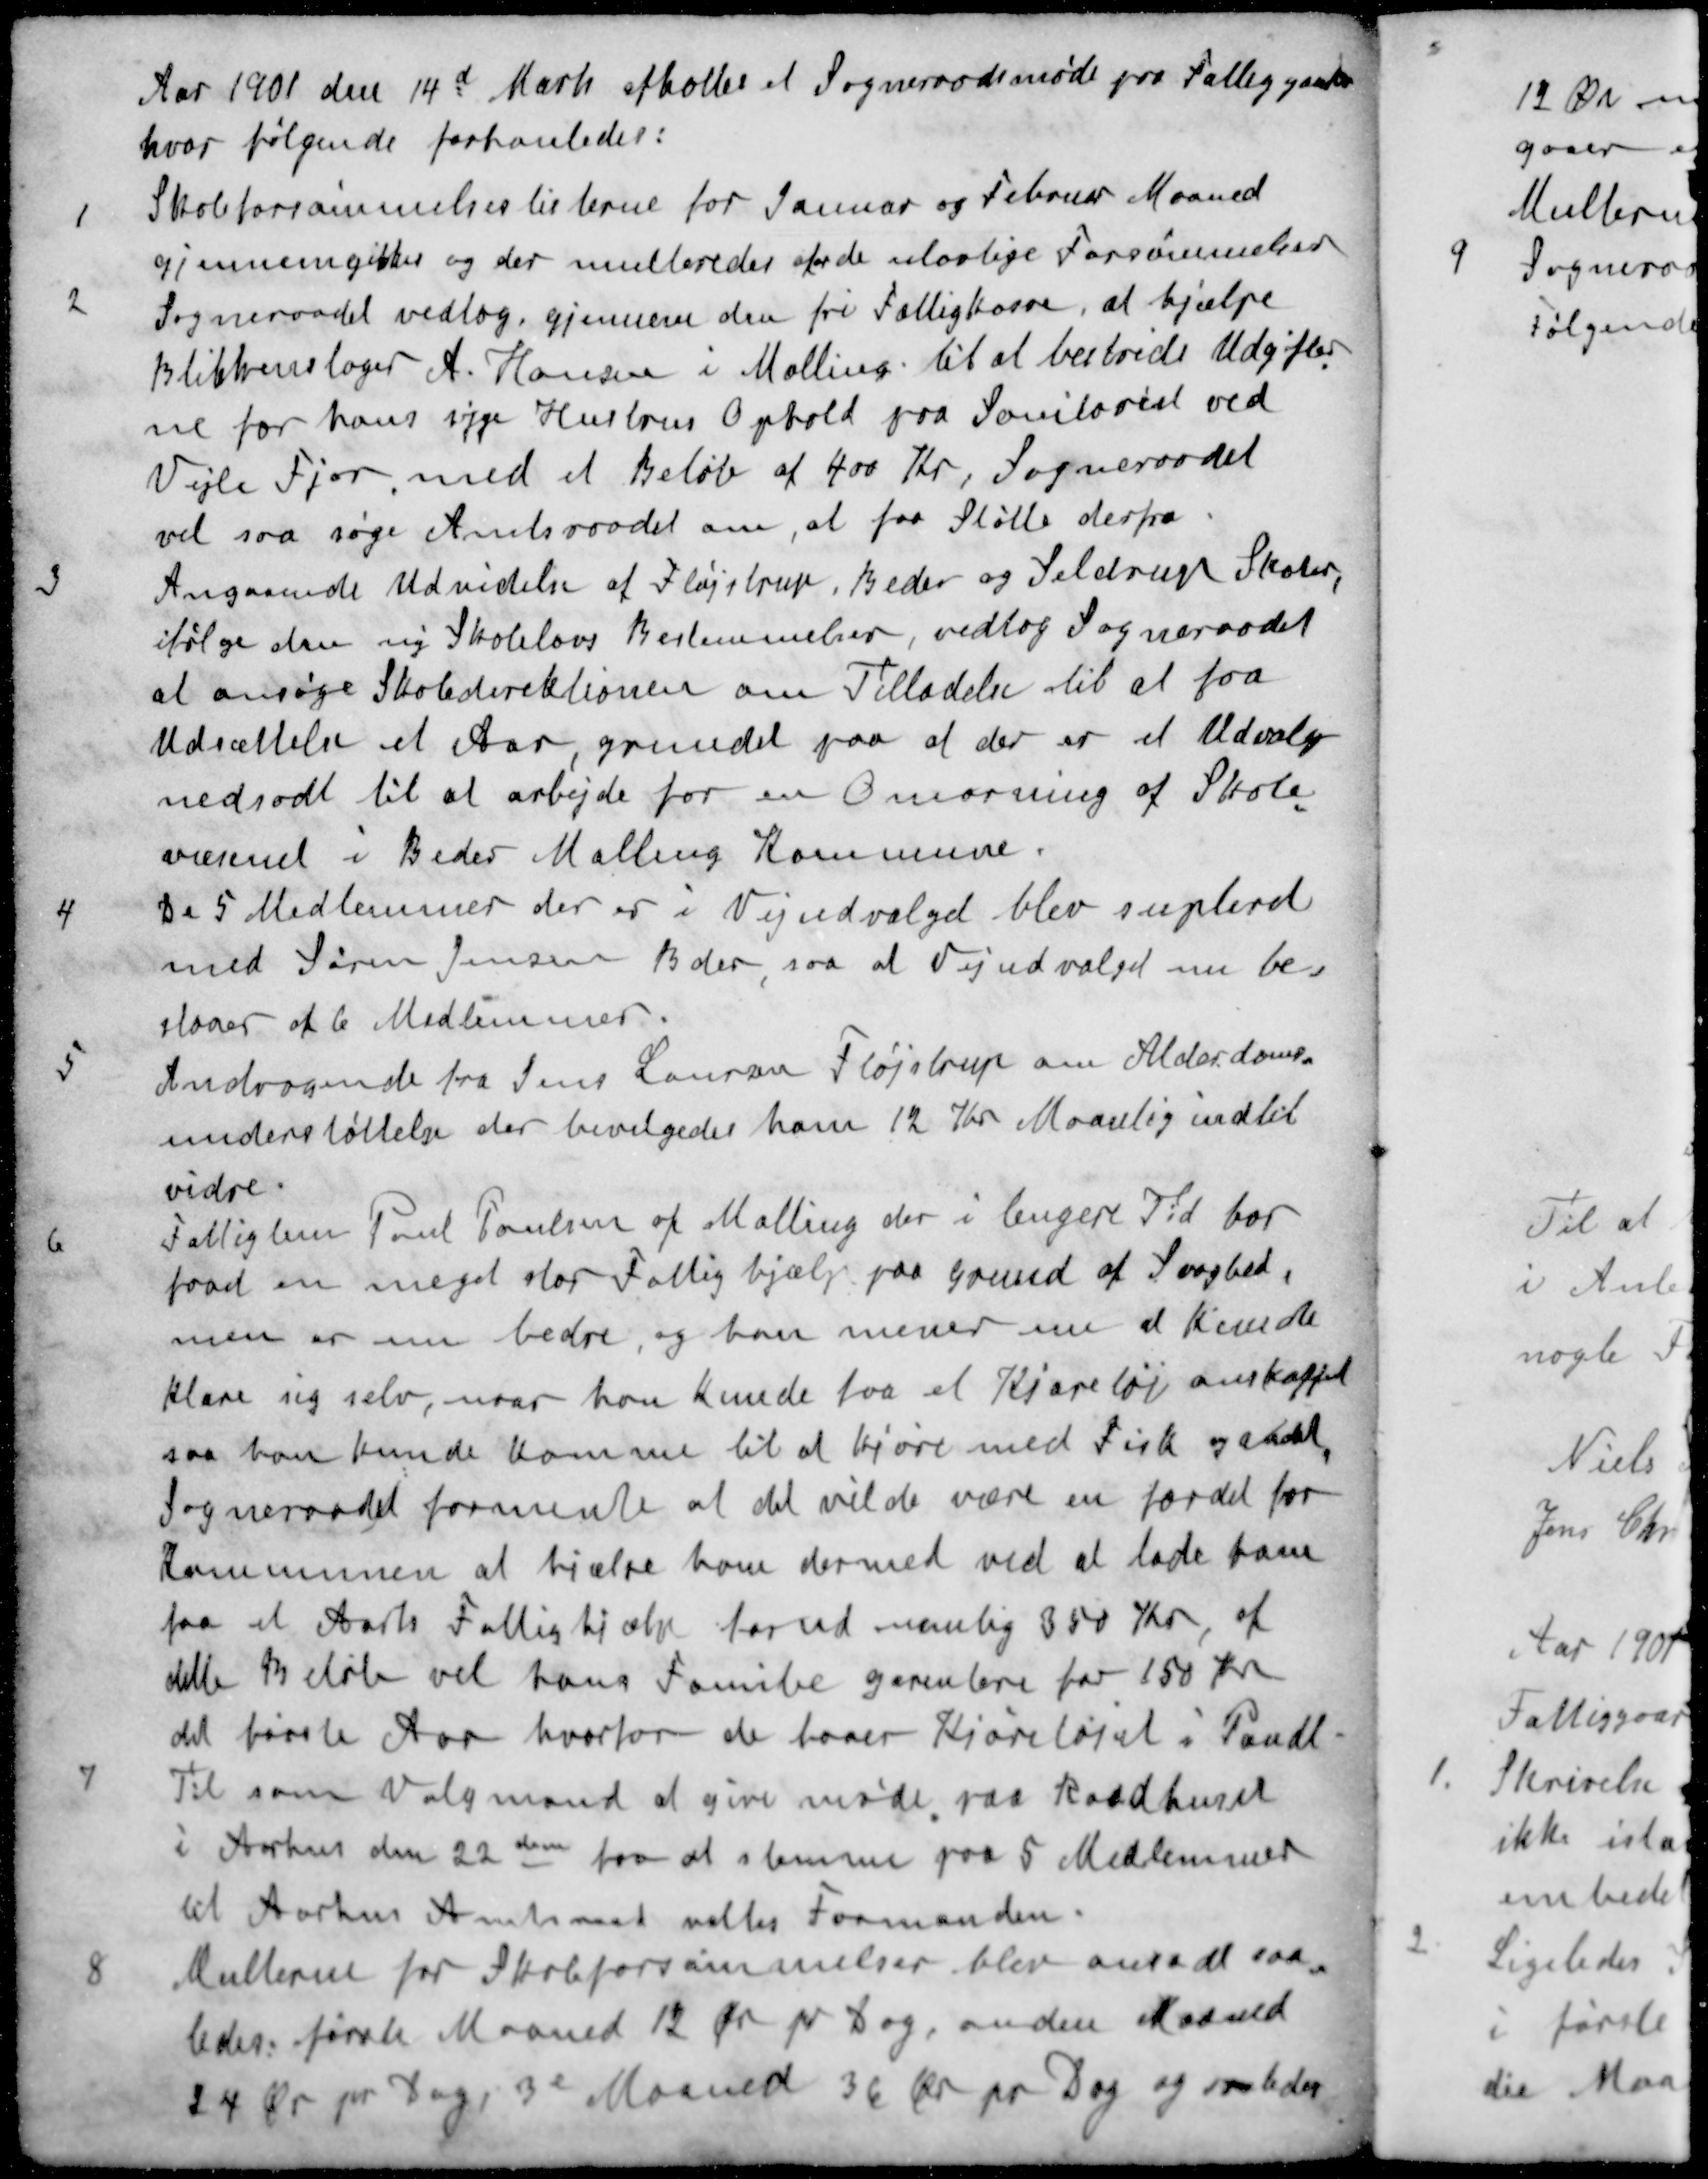
Transskription:
Aar 1901 den 14d Marts afholtes et Sogneraadsmøde paa Fattiggaarden
hvor følgende forhanledes:
1 Skoleforsømmelseslisterne for Januar og Februar Maaned
gjennemgikkes og der multeredes af de ulovlige Forsømmelser
2 Sogneraadet vedtog gjennem den fri Fattigkasse, at hjælpe
Blikkenslager A. Hansen i Malling til at bestride Udgifter
ne for hans syge Hustrus Ophold paa Sanitoriet ved
Vejle Fjor med et Beløb af 400 Kr, Sogneraadet
vil saa søge Amtsraadet om, at faa Støtte derfra.
3 Angaaende Udvidelse af Fløjstrup, Beder og Seldrup Skoler,
ifølge den ny Skolelovs Bestemmelser, vedtog Sogneraadet
at ansøge Skoledirektionen om Tilladelse til at faa
Udsættelse et Aar grundet paa at der er et Udvalg
nedsodt til at arbejde for en Omorning af Skole
væsenet i Beder Malling Kommune.
4 De 5 Medlemmer der er i Vejudvalget blev supleret
med Søren Jensen Beder, saa at Vejudvalget nu be-
staaer af 6 Medlemmer.
5 Andragende fra Jens Laursen Fløjstrup om Alderdoms-
understøttelse der bevilgedes ham 12 Kr Maanlig indtil
vidre.
6 Fattiglem Poul Poulsen af Malling der i længere Tid har
faad en meget stor Fattighjælp paa Grund af Svaghed,
men er nu bedre, og han mener nu a kunde
klare sig selv, naar han kunde faa et Kjøretøj anskaffet
saa kan kunde komme til at kjøre med Fisk og andet
Sogneraadet formente at det vilde være en fordet for
Kommunen at hjælpe ham dermed ved at lade ham
faa et Aars Fattighjælp forud nemlig 350 Kr af
dette Beløb vil hans Familie garentere for 150 Kr
det første Aar hvorfor de haver Kjøretøjet i Pandt
7 Til som Valgmand at give møde paa Raadhuset
i Aarhus den 22den for at stemme paa 5 Medlemmer
til Aarhus Amtsraad valtes Formanden.
8 Multerne for Skoleforsømmelser blev ansadt saa-
ledes første Maaned 12 Øre pr Dag, anden Maaned
24 Øre pr Dag, 3d Maaned 36 Øre pr Dag og saaledes